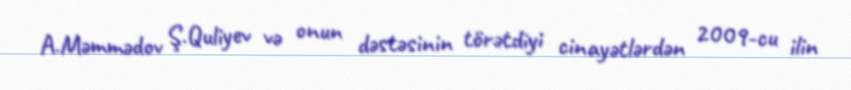
A.Məmmədov Ş.Quliyev və onun dəstəsinin törətdiyi cinayətlərdən 2009-cu ilin